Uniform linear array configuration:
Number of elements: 4
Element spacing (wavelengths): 0.25
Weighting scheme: blackman
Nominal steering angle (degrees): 60
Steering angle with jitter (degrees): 61.789
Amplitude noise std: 0.05
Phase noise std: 0.05

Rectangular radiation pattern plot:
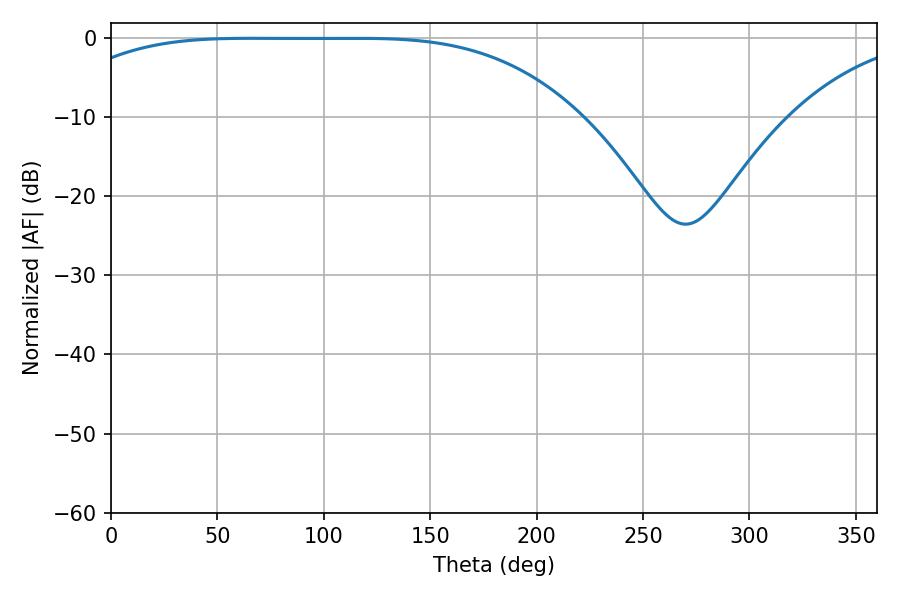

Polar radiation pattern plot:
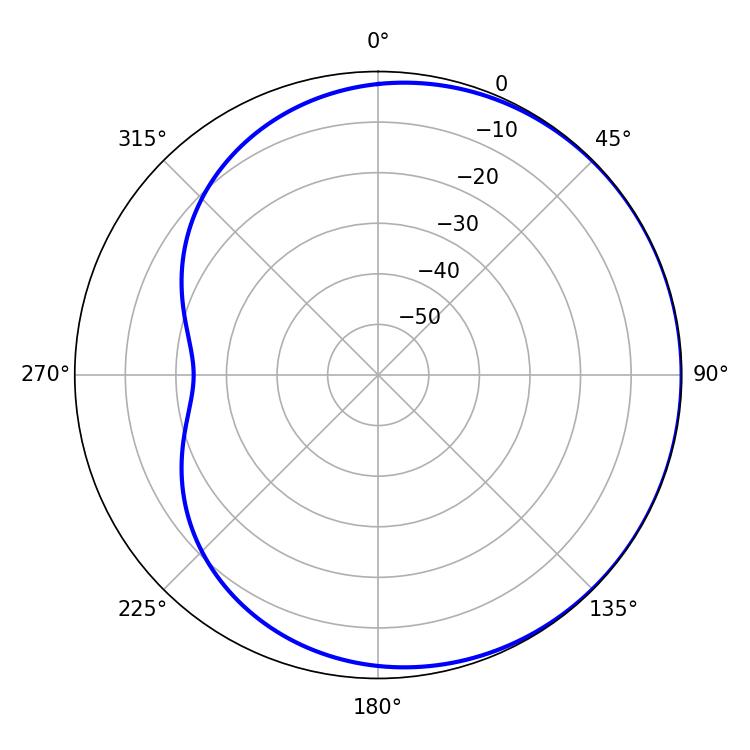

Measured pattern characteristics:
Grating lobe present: FALSE
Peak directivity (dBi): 0.5429
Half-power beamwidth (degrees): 184.68
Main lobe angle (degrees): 66.24